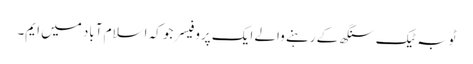
ٹوبہ ٹیک سنگھ کے رہنے والے ایک پروفیسر جو کہ اسلام آباد میں ایم۔